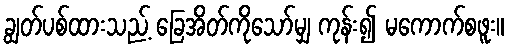
ချွတ်ပစ်ထားသည့် ခြေအိတ်ကိုသော်မျှ ကုန်း၍ မကောက်စဖူး။